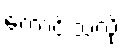
ကောင်းသလို